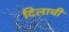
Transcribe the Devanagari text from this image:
दिलाची